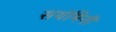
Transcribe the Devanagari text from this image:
सयंमिनी